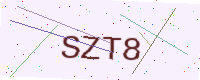
Text: SZT8